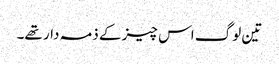
تین لوگ اس چیز کے ذمہ دار تھے۔